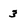
Character: 3